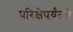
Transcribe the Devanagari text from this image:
परिक्षेपर्यंतचे